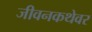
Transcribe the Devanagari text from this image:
जीवनकथेवर